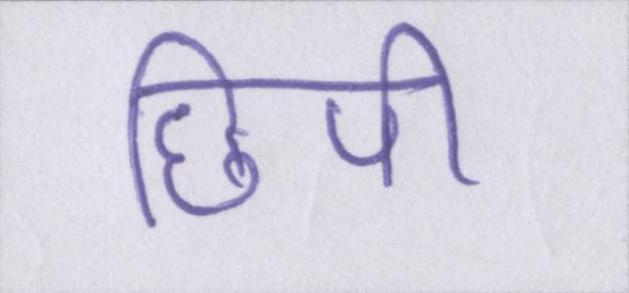
छिपी